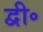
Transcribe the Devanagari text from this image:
द्वी॰